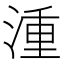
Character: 湩